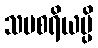
သမစရိယမ္ပိ